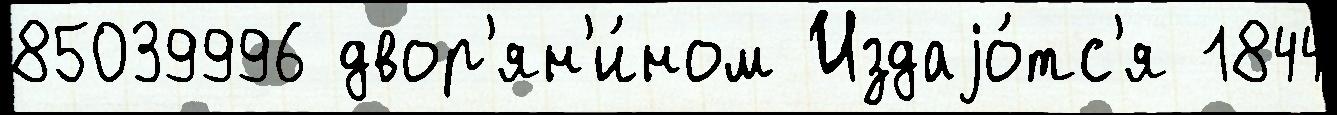
85039996 двор'ян'и́ном Издаjо́тс'я 1844